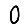
Digit: 0